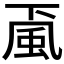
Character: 颪